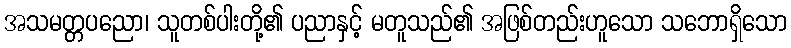
အသမတ္တပညော၊ သူတစ်ပါးတို့၏ ပညာနှင့် မတူသည်၏ အဖြစ်တည်းဟူသော သဘောရှိသော